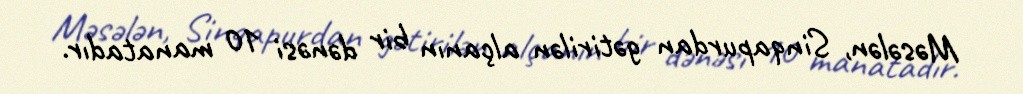
Məsələn, Sinqapurdan gətirilən alçanın bir dənəsi 10 manatadır.